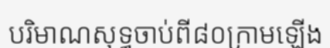
បរិមាណសុទ្ធចាប់ពី៨០ក្រាមឡើង